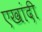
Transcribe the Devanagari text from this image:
एखांदी